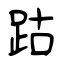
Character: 跍